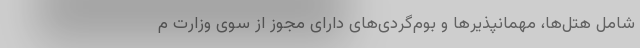
شامل هتل‌ها، مهمانپذیرها و بوم‌گردی‌های دارای مجوز از سوی وزارت م